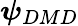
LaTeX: \boldsymbol{\psi}_{DMD}